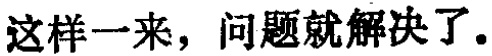
这样一来，问题就解决了.